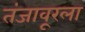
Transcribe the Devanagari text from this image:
तंजावूरला